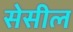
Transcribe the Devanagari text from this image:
सेसील